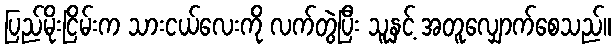
ပြည်မိုးငြိမ်းက သားငယ်လေးကို လက်တွဲပြီး သူနှင့် အတူလျှောက်စေသည်။